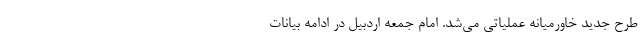
طرح جدید خاورمیانه عملیاتی می‌شد. امام جمعه اردبیل در ادامه بیانات